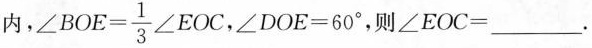
内， $$\angle BOE= \frac{1}{3}\angle EOC$$ ，$$\angle DOE=60^{\circ}，则$$\angle EOC=____$$.